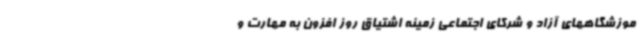
موزشگاههای آزاد و شرکای اجتماعی زمینه اشتیاق روز افزون به مهارت و